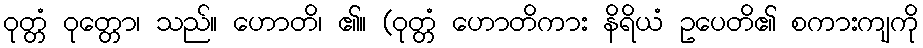
ဝုတ္တံ ဝုတ္တော၊ သည်။ ဟောတိ၊ ၏။ (ဝုတ္တံ ဟောတိကား နိရိယံ ဥပေတိ၏ စကားကျကို